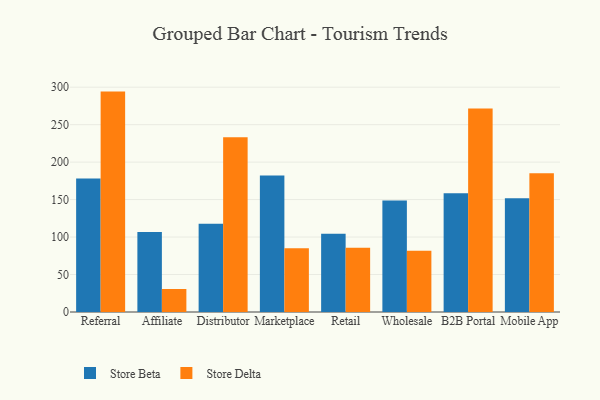
{"axis": {"x": "Channel", "y": "Temperature (°C)"}, "legend": ["Store Beta", "Store Delta"], "data": [{"x": "Referral", "y": 178.2, "type": "Store Beta"}, {"x": "Referral", "y": 294.1, "type": "Store Delta"}, {"x": "Affiliate", "y": 106.7, "type": "Store Beta"}, {"x": "Affiliate", "y": 30.7, "type": "Store Delta"}, {"x": "Distributor", "y": 117.6, "type": "Store Beta"}, {"x": "Distributor", "y": 233.1, "type": "Store Delta"}, {"x": "Marketplace", "y": 182.3, "type": "Store Beta"}, {"x": "Marketplace", "y": 85.0, "type": "Store Delta"}, {"x": "Retail", "y": 104.3, "type": "Store Beta"}, {"x": "Retail", "y": 85.8, "type": "Store Delta"}, {"x": "Wholesale", "y": 148.8, "type": "Store Beta"}, {"x": "Wholesale", "y": 81.7, "type": "Store Delta"}, {"x": "B2B Portal", "y": 158.3, "type": "Store Beta"}, {"x": "B2B Portal", "y": 271.7, "type": "Store Delta"}, {"x": "Mobile App", "y": 151.7, "type": "Store Beta"}, {"x": "Mobile App", "y": 185.1, "type": "Store Delta"}]}